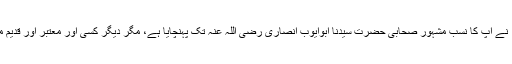
بعض اہلِ علم مثلاً: علامہ بیاضی حنفی ؒ نے آپ کا نسب مشہور صحابی حضرت سیدنا ابوایوب انصاری رضی اللہ عنہ تک پہنچایا ہے، مگر دیگر کسی اور معتبر اور قدیم ماخذ سے اس کی تائید نہیں ہوسکی ہے۔